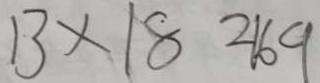
1 3 \times 1 8 = 1 6 9